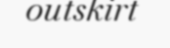
outskirt